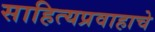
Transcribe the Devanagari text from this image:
साहित्यप्रवाहाचे